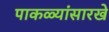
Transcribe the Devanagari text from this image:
पाकळ्यांसारखे